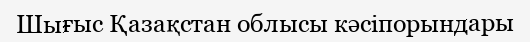
Шығыс Қазақстан облысы кәсіпорындары